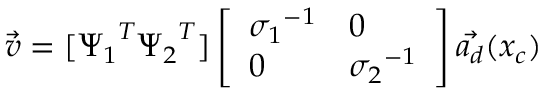
\Vec { v } = [ { \Psi _ { 1 } } ^ { T } { \Psi _ { 2 } } ^ { T } ] \left[ \begin{array} { l l } { { \sigma _ { 1 } } ^ { - 1 } } & { 0 } \\ { 0 } & { { \sigma _ { 2 } } ^ { - 1 } } \end{array} \right] \Vec { a _ { d } } ( x _ { c } )